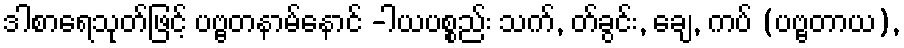
ဒါစာရေသုတ်ဖြင့် ပဗ္ဗတနာမ်နောင် -ါယပစ္စည်း သက်, တ်ခွင်း, ချေ, ကပ် (ပဗ္ဗတာယ),